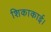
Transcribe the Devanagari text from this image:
शिकाकाई।